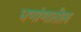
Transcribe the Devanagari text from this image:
धणांणातील